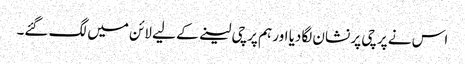
اس نے پرچی پر نشان لگادیا اور ہم پرچی لینے کے لیے لائن میں لگ گئے۔